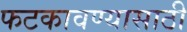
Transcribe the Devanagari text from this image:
फटकावण्यासाठी